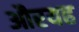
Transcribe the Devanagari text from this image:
औरयह